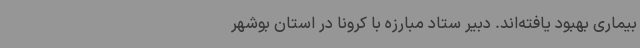
بیماری بهبود یافته‌اند. دبیر ستاد مبارزه با کرونا در استان بوشهر